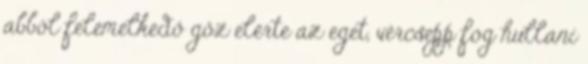
abból felemelkedő gőz elérte az eget, vércsepp fog hullani